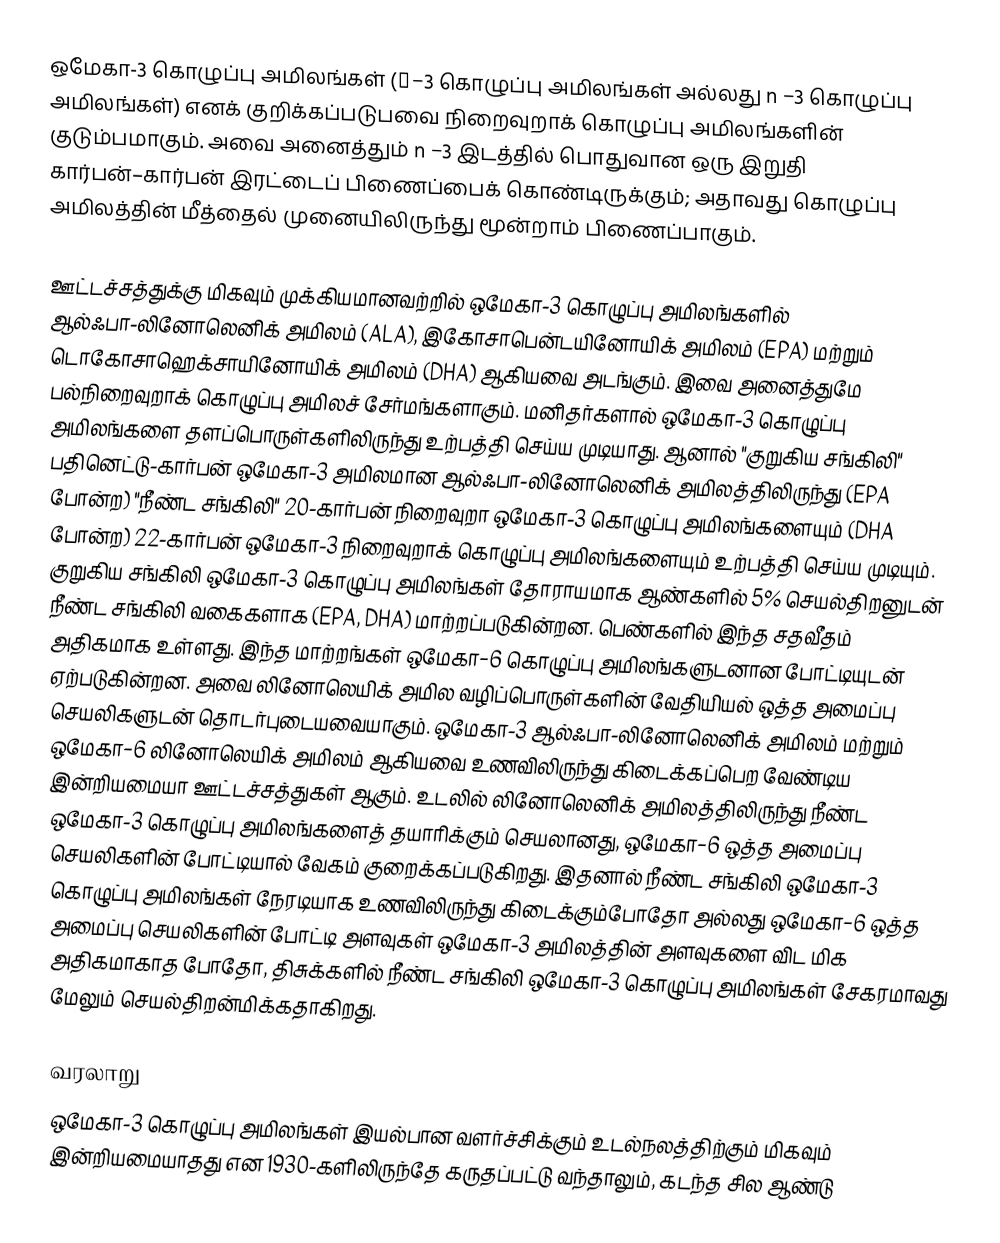
ஒமேகா-3 கொழுப்பு அமிலங்கள் (ω−3 கொழுப்பு அமிலங்கள் அல்லது n −3 கொழுப்பு அமிலங்கள்) எனக் குறிக்கப்படுபவை நிறைவுறாக் கொழுப்பு அமிலங்களின் குடும்பமாகும். அவை அனைத்தும் n −3 இடத்தில் பொதுவான ஒரு இறுதி கார்பன்–கார்பன் இரட்டைப் பிணைப்பைக் கொண்டிருக்கும்; அதாவது கொழுப்பு அமிலத்தின் மீத்தைல் முனையிலிருந்து மூன்றாம் பிணைப்பாகும்.

ஊட்டச்சத்துக்கு மிகவும் முக்கியமானவற்றில் ஒமேகா-3 கொழுப்பு அமிலங்களில் ஆல்ஃபா-லினோலெனிக் அமிலம் (ALA), இகோசாபென்டயினோயிக் அமிலம் (EPA) மற்றும் டொகோசாஹெக்சாயினோயிக் அமிலம் (DHA) ஆகியவை அடங்கும். இவை அனைத்துமே பல்நிறைவுறாக் கொழுப்பு அமிலச் சேர்மங்களாகும். மனிதர்களால் ஒமேகா-3 கொழுப்பு அமிலங்களை தளப்பொருள்களிலிருந்து உற்பத்தி செய்ய முடியாது. ஆனால் "குறுகிய சங்கிலி" பதினெட்டு-கார்பன் ஒமேகா-3 அமிலமான ஆல்ஃபா-லினோலெனிக் அமிலத்திலிருந்து (EPA போன்ற) "நீண்ட சங்கிலி" 20-கார்பன் நிறைவுறா ஒமேகா-3 கொழுப்பு அமிலங்களையும் (DHA போன்ற) 22-கார்பன் ஒமேகா-3 நிறைவுறாக் கொழுப்பு அமிலங்களையும் உற்பத்தி செய்ய முடியும். குறுகிய சங்கிலி ஒமேகா-3 கொழுப்பு அமிலங்கள் தோராயமாக ஆண்களில் 5% செயல்திறனுடன் நீண்ட சங்கிலி வகைகளாக (EPA, DHA) மாற்றப்படுகின்றன. பெண்களில் இந்த சதவீதம் அதிகமாக உள்ளது. இந்த மாற்றங்கள் ஒமேகா−6 கொழுப்பு அமிலங்களுடனான போட்டியுடன் ஏற்படுகின்றன. அவை லினோலெயிக் அமில வழிப்பொருள்களின் வேதியியல் ஒத்த அமைப்பு செயலிகளுடன் தொடர்புடையவையாகும். ஒமேகா-3 ஆல்ஃபா-லினோலெனிக் அமிலம் மற்றும் ஒமேகா−6 லினோலெயிக் அமிலம் ஆகியவை உணவிலிருந்து கிடைக்கப்பெற வேண்டிய இன்றியமையா ஊட்டச்சத்துகள் ஆகும். உடலில் லினோலெனிக் அமிலத்திலிருந்து நீண்ட ஒமேகா-3 கொழுப்பு அமிலங்களைத் தயாரிக்கும் செயலானது, ஒமேகா−6 ஒத்த அமைப்பு செயலிகளின் போட்டியால் வேகம் குறைக்கப்படுகிறது. இதனால் நீண்ட சங்கிலி ஒமேகா-3 கொழுப்பு அமிலங்கள் நேரடியாக உணவிலிருந்து கிடைக்கும்போதோ அல்லது ஒமேகா−6 ஒத்த அமைப்பு செயலிகளின் போட்டி அளவுகள் ஒமேகா-3 அமிலத்தின் அளவுகளை விட மிக அதிகமாகாத போதோ, திசுக்களில் நீண்ட சங்கிலி ஒமேகா-3 கொழுப்பு அமிலங்கள் சேகரமாவது மேலும் செயல்திறன்மிக்கதாகிறது.

வரலாறு
ஒமேகா-3 கொழுப்பு அமிலங்கள் இயல்பான வளர்ச்சிக்கும் உடல்நலத்திற்கும் மிகவும் இன்றியமையாதது என 1930-களிலிருந்தே கருதப்பட்டு வந்தாலும், கடந்த சில ஆண்டு